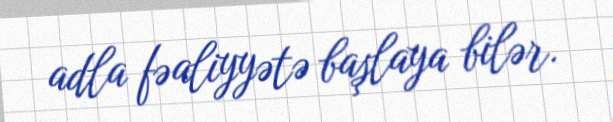
adla fəaliyyətə başlaya bilər.